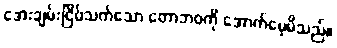
အေးချမ်းငြိမ်သက်သော တောဘဝကို အောက်မေ့မိသည်။